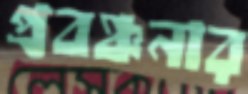
প্রবঞ্চনার